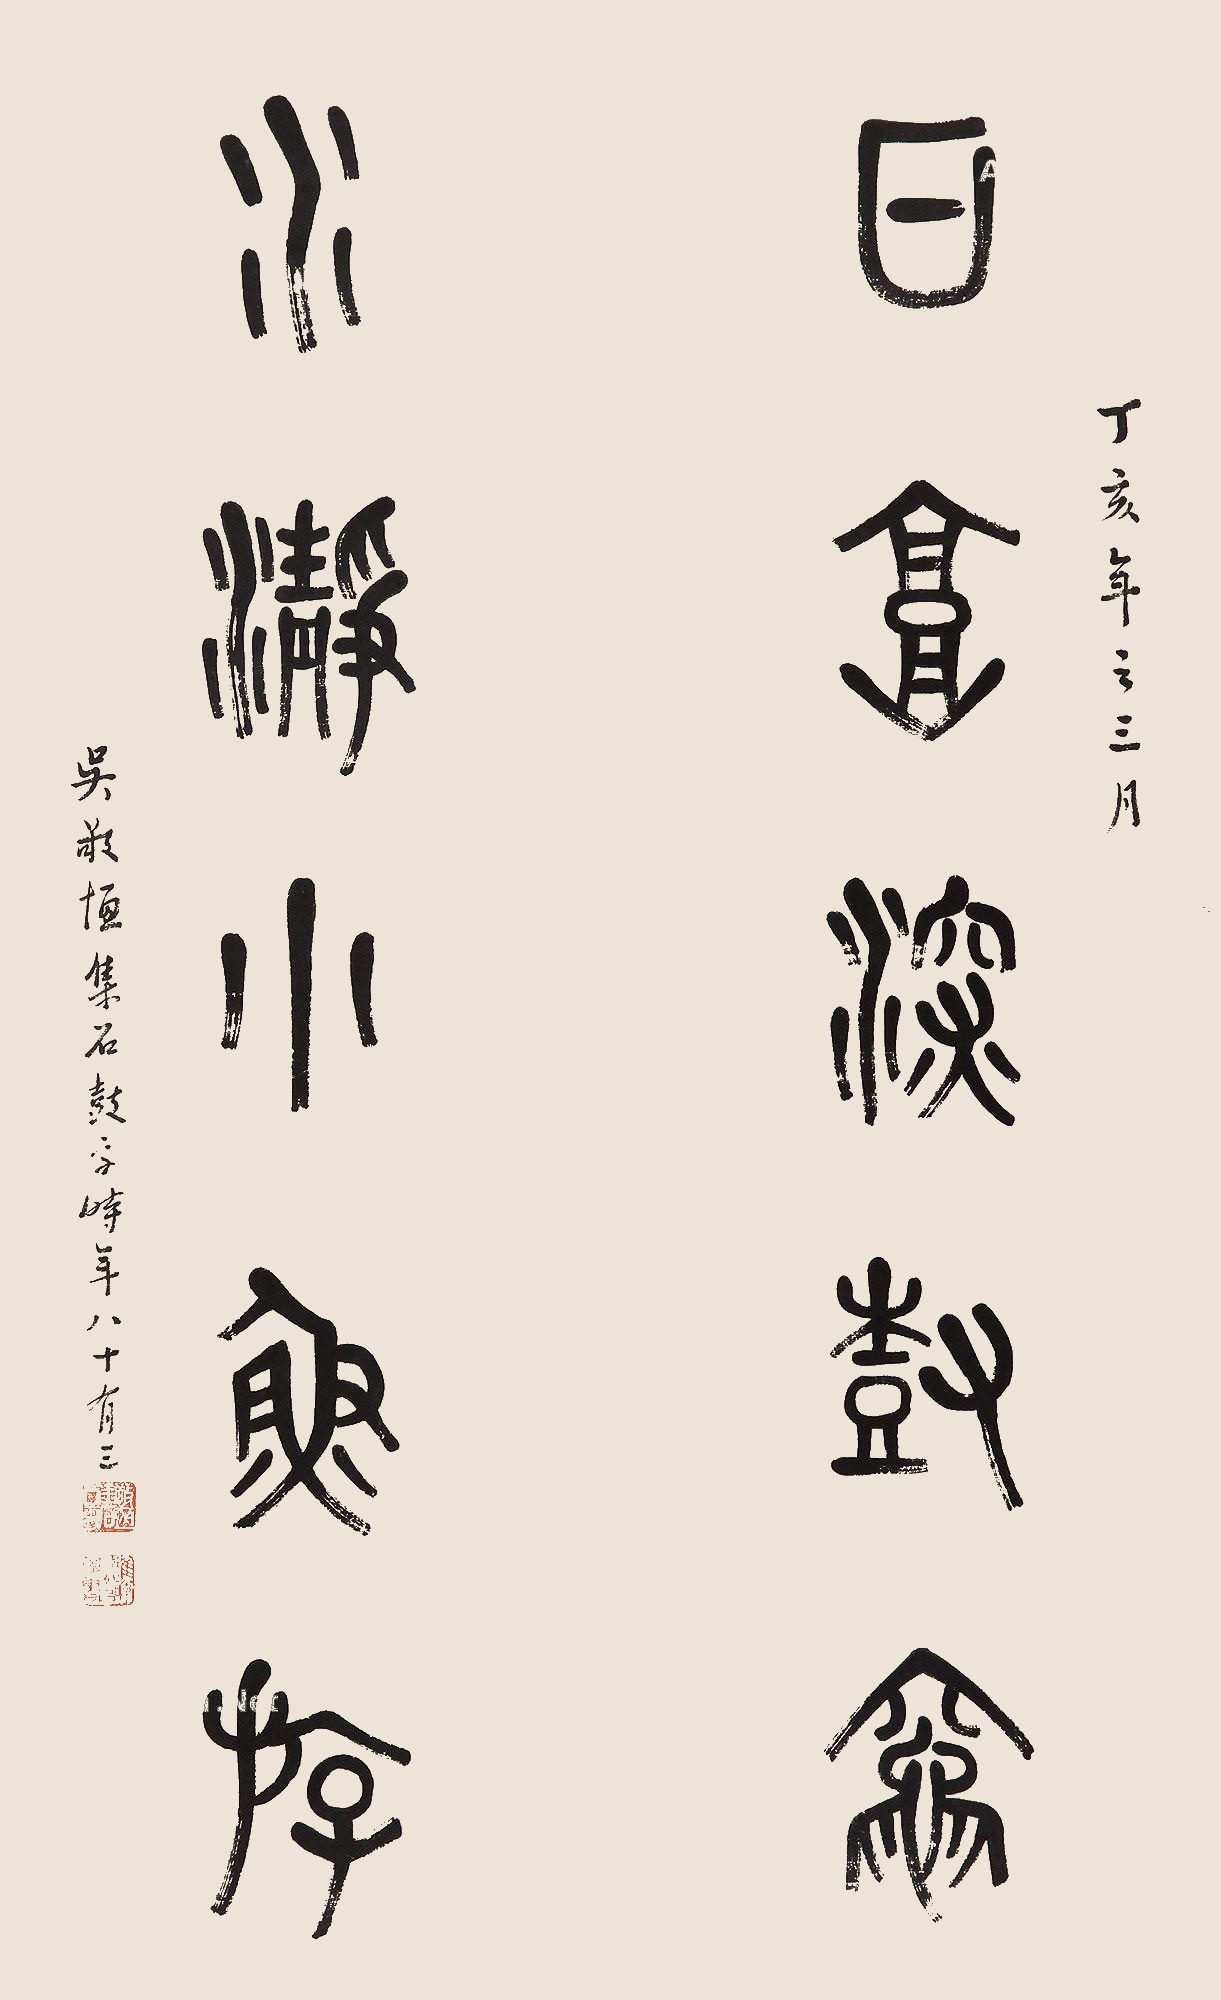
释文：日高深树灶，水瀞小鱼游。丁亥年之三月，吴敬恒集石鼓字时年八十有三。